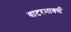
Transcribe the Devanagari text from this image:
वाटरमार्क्स